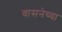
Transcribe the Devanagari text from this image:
वासनेच्या